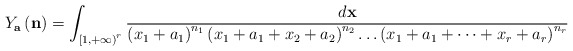
\begin{align*}Y_{\mathbf{a}}\left(\mathbf{n}\right)=\int_{\left[1,+\infty\right)^{r}}\frac{d\mathbf{x}}{\left(x_{1}+a_{1}\right)^{n_{1}}\left(x_{1}+a_{1}+x_{2}+a_{2}\right)^{n_{2}}\dots\left(x_{1}+a_{1}+\dots+x_{r}+a_{r}\right)^{n_{r}}}\end{align*}